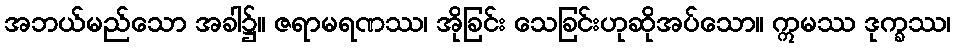
အဘယ်မည်သော အခါ၌။ ဇရာမရဏဿ၊ အိုခြင်း သေခြင်းဟုဆိုအပ်သော။ ဣမဿ ဒုက္ခဿ၊